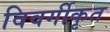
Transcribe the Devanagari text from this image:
विवर्गीकृत